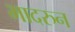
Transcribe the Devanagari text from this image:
भादरुन